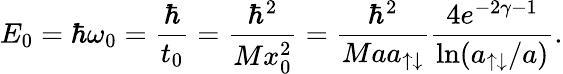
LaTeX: E_{0}=\hbar\omega_{0}=\frac{\hbar}{t_{0}}=\frac{\hbar^{2}}{Mx_{0}^{2}}=\frac{\hbar^{2}}{Maa_{\uparrow\downarrow}}\frac{4e^{-2\gamma-1}}{\ln(a_{\uparrow\downarrow}/a)}.